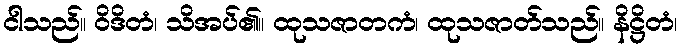
ငါသည်။ ဝိဒိတံ၊ သိအပ်၏။ ထုသဇာတကံ၊ ထုသဇာတ်သည်။ နိဋ္ဌိတံ၊